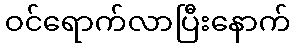
ဝင်ရောက်လာပြီးနောက်